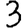
Digit: 3